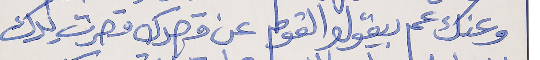
وعنك عم بيقولو القوم      عن قصدك قصرت يدك